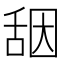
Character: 𰰀